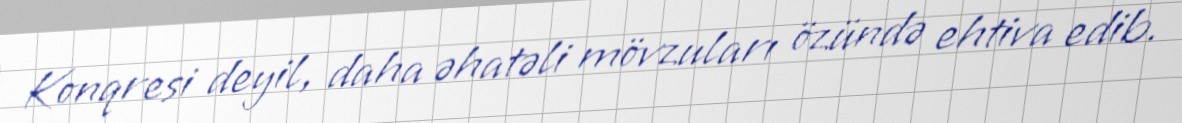
Konqresi deyil, daha əhatəli mövzuları özündə ehtiva edib.